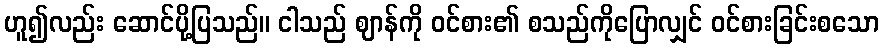
ဟူ၍လည်း ဆောင်ပို့ပြသည်။ ငါသည် ဈာန်ကို ဝင်စား၏ စသည်ကိုပြောလျှင် ဝင်စားခြင်းစသော